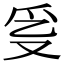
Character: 𤓴